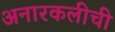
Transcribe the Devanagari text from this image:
अनारकलीची